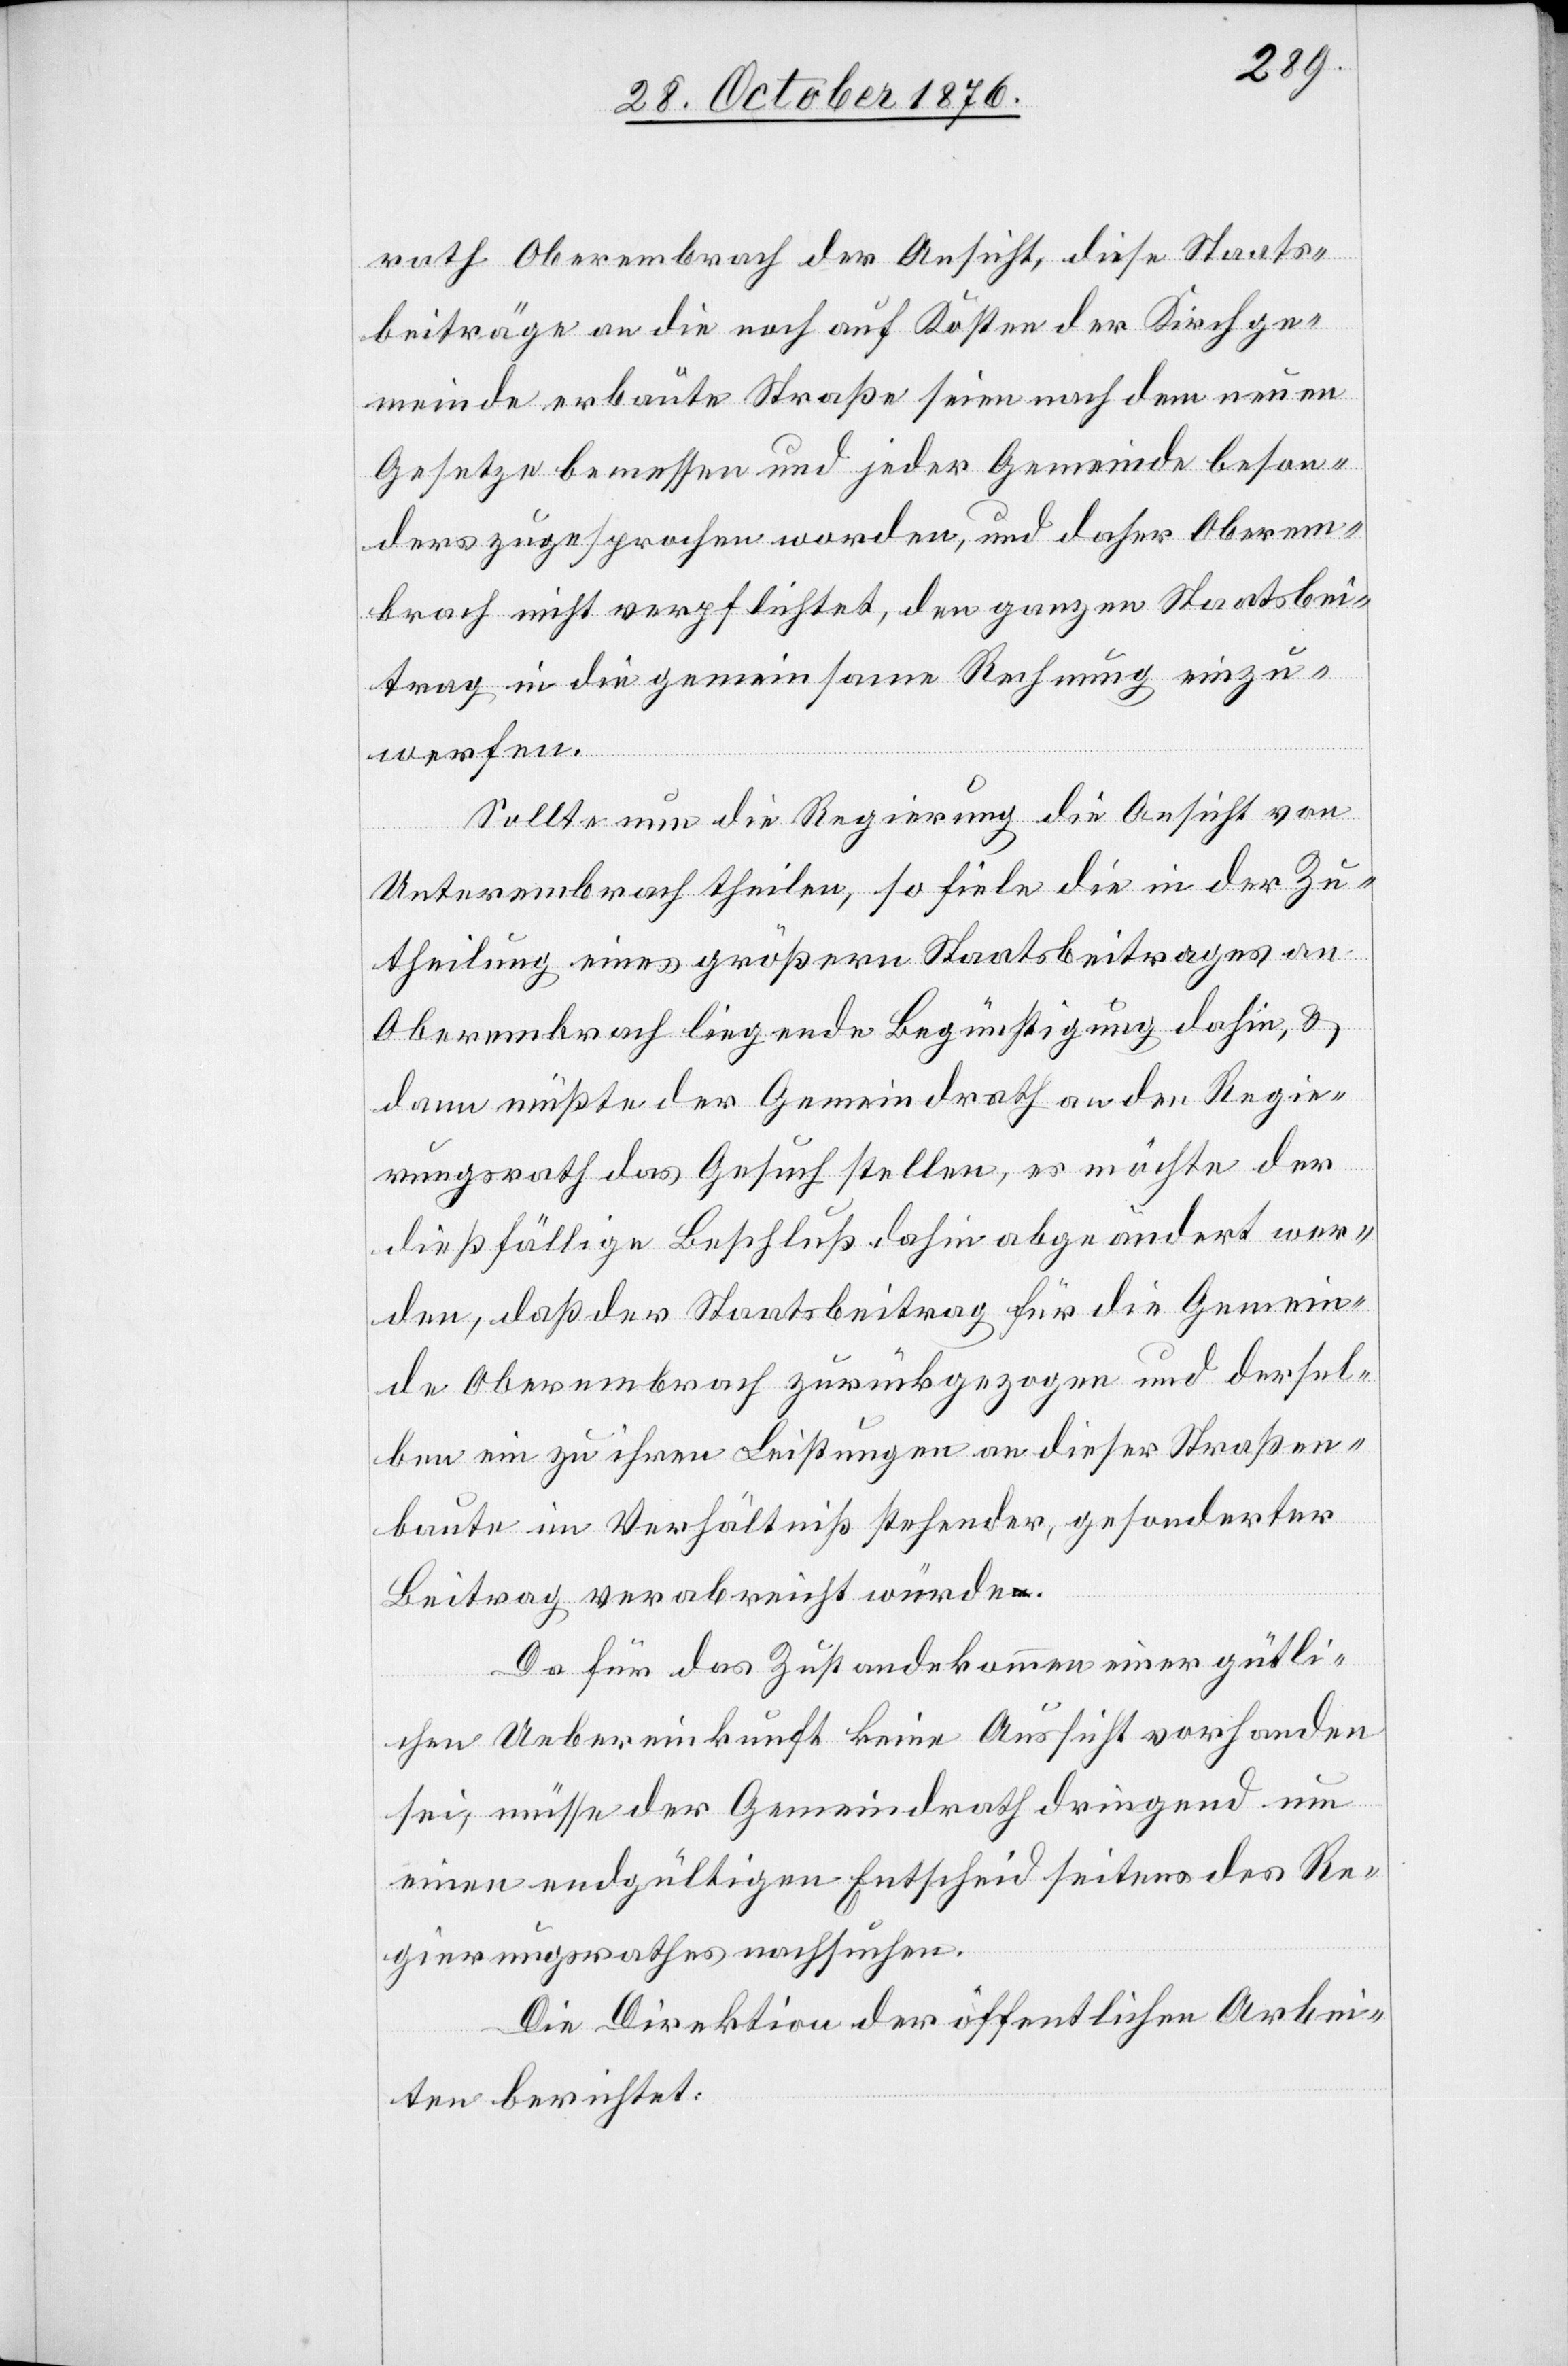
rath Oberembrach der Ansicht, diese Staats¬
beiträge an die noch auf Kosten der Kirchge¬
meinde erbaute Straße seien nach dem neuen
Gesetze bemessen und jeder Gemeinde beson¬
ders zugesprochen worden, und daher Oberem¬
brach nicht verpflichtet, den ganzen Staatsbei¬
trag in die gemeinsame Rechnung einzu¬
werfen.
Sollte nun die Regierung die Ansicht von
Unterembrach theilen, so fiele die in der Zu¬
theilung eines größern Staatsbeitrages
Oberembrach liegende Begünstigung dahin, &
dann müßte der Gemeindrath an den Regie¬
rungsrath das Gesuch stellen, es möchte der
dießfällige Beschluß dahin abgeändert wer¬
den, daß der Staatsbeitrag für die Gemein¬
de Oberembrach zurückgezogen und dersel¬
ben ein zu ihren Leistungen an dieser Straßen¬
baute im Verhältniß stehender, gesonderter
Beitrag verabreicht würde.
Da für das Zustandekommen einer gütli¬
chen Uebereinkunft keine Aussicht vorhanden
sei, müsse der Gemeindrath dringend um
einen endgültigen Entscheid seitens des Re¬
gierungsrathes nachsuchen.
Die Direktion der öffentlichen Arbei¬
ten berichtet: